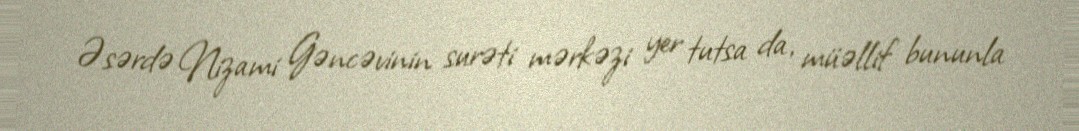
Əsərdə Nizami Gəncəvinin surəti mərkəzi yer tutsa da, müəllif bununla